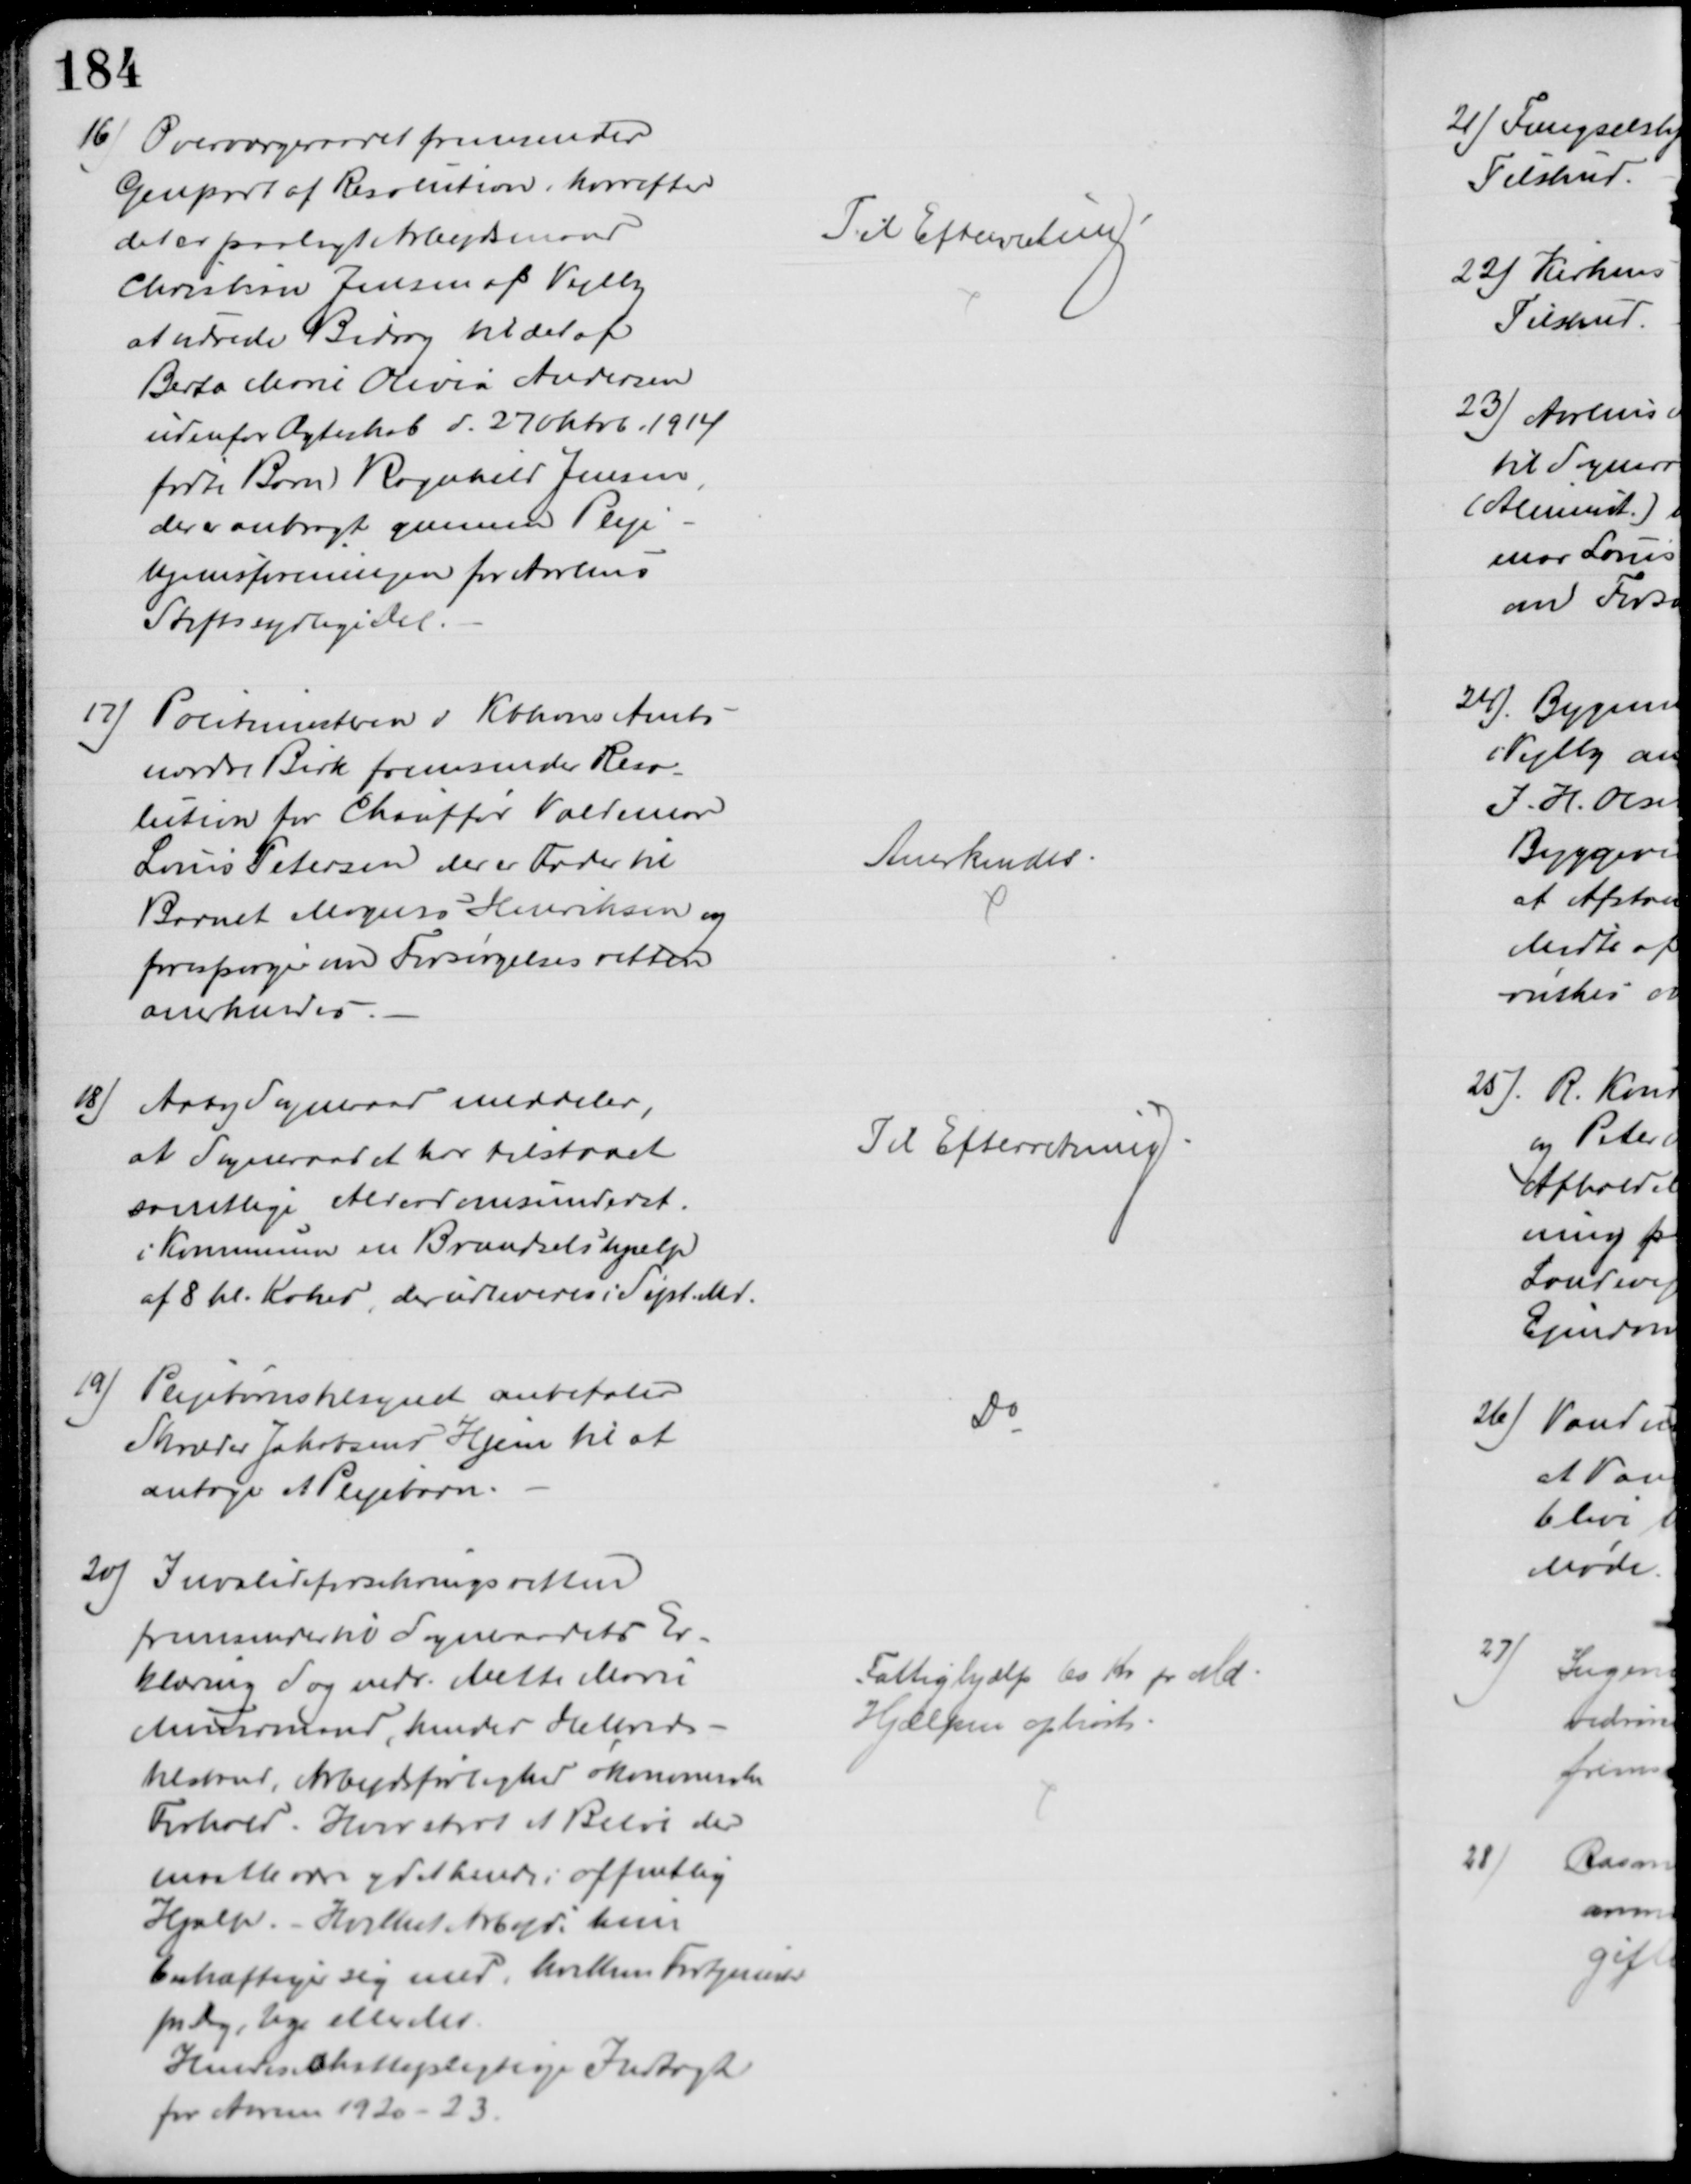
Transskription:
16) Overværgeraadet fremsender
Genpart af Resolution, hvorefter
det er paalagt Arbejdsmand
Christian Jensen af Vejlby
at udrede Bidrag til det af
Berta Marie Olivia Andersen
udenfor Ægteskab d. 27 Oktob. 1914
fødte Barn Ragnhild Jensen,
der er anbragt gennem Pleje-
hjemsforeningen for Aarhus
Stifts sydlige Del.
Til Efterretning
17) Politimesteren i Kbhvns Amts
nordre Birk fremsender Reso-
lution for Chauffør Valdemar
Louis Petersen der er Fader til
Barnet Mogens Henriksen og
forespørger om Forsørgelsesretten
anerkendes
Anerkendes
18) Aaby Sogneraad meddeler,
at Sogneraadet har tilstaaet
samtlige Alderdomsunderst.
i Kommunen en Brændselshjælp
af 8 hl. Kokes, der udleveres i Sept. Md.
Til Efterretning
19) Plejebørnstilsynet anbefaler
Skræder Jakobsens Hjem til at
antage at Plejebarn.
Do
20) Invalideforsikringsretten
fremsender til Sogneraadets Er-
klæring Sag vedr. Mette Marie
Muurmand, hendes Helbreds-
tilstand, Arbejdsførlighed økonomiske
Forhold. Hvor stort et Beløb der 
maatte være ydet hende i offentlig
Hjælp. - Hvilket Arbejde hun
beskæftiger sig med, hvilken Fortjeneste
pr Dag, Uge eller Md
Hendes skattepligtige Indtægt
for Aar 1920-23.
Fattighjælp 60 Kr pr. Md
Hjælpen ophørt